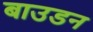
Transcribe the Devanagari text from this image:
बाउडन